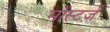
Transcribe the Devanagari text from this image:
मोंस्टर्ज़